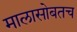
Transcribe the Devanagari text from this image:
मालासोबतच